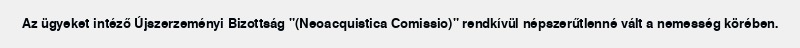
Az ügyeket intéző Újszerzeményi Bizottság "(Neoacquistica Comissio)" rendkívül népszerűtlenné vált a nemesség körében.